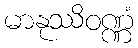
မာနုဿိဝဏ္ဏံ